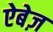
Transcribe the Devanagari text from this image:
ऐबेज़